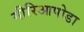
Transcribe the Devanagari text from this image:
मीरिआपोडा